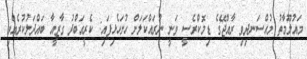
މައުލޫމާތު މުއްސަނދިވި ރާއްޖޭގެ ޑިމޮކްރެސީ ވަނީ ނުރައްކަލަށް ހުށަހެޅިފައި: ކެރީއަބްދު ގާޒީއާ ބައްދަލުކުރެއްވި